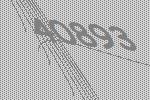
40893